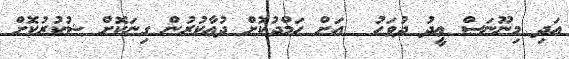
އަދި މިނޫނަސް ޢީދު ދުވަހު  އަށް ޙަމްދުކޮށް ދުޢާކުރުން ގިނަކޮށް ޝުކުރުކޮށް